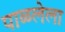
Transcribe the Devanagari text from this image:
पाळलेला